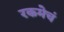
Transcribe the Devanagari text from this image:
रकमेचं